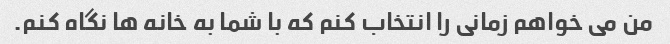
من می خواهم زمانی را انتخاب کنم که با شما به خانه ها نگاه کنم.